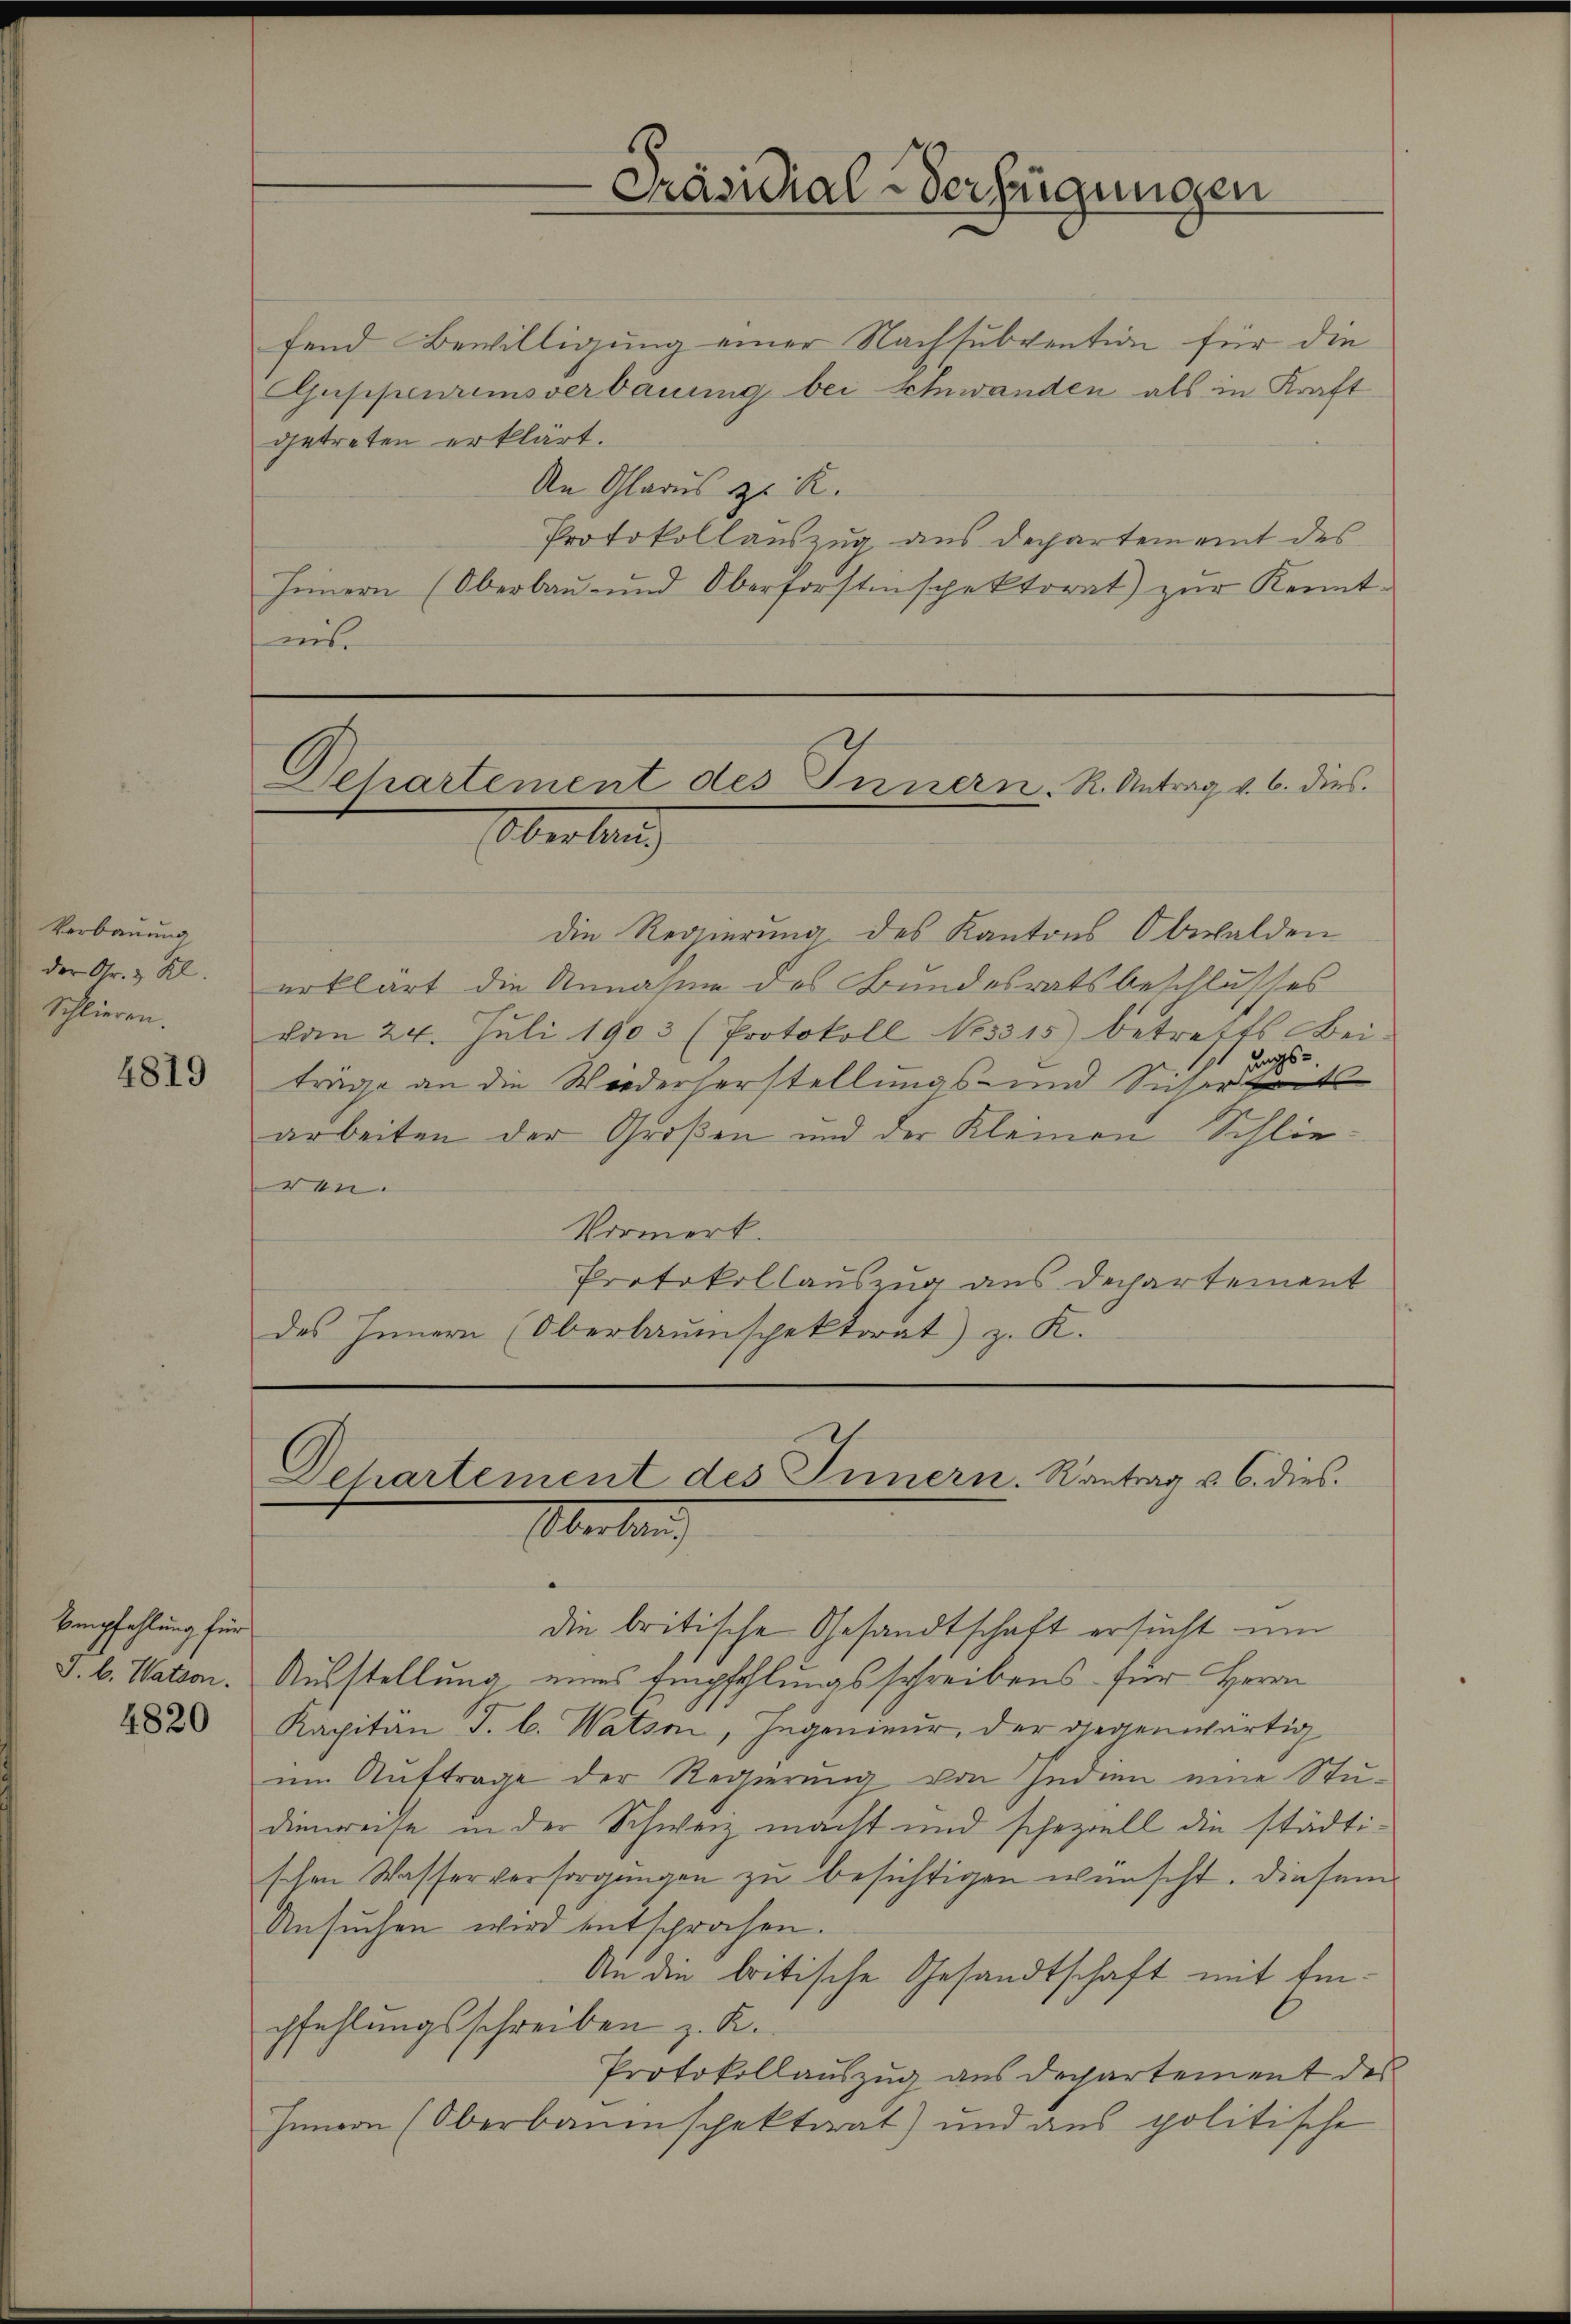
Verbauung
der Gr. 3. Kl
Schlieren.

4819

Empfehlung für
J. b. Nation.

4820

fend Bewilligung einer Nachsubvention für die
Guppenrimsverbauung bei Schwanden als in Kraft
getreten erklärt.
An Glarus zu R.
Protokollauszug aus Departem eint des
Heinern (Oberbaŭŭnd Oberforstinspektorat) zŭr Kennt-
ins.

Dehartement des Innern. K. Antrag v. 6. dies
Oberland)

die Regierung des Kantons Obwalden
erklärt die Annahme des Bundesratsbeschlusses
von 24. Juli 1903 (Protokoll No 3315) betreffs Bei-
ungsträge an die Wiederherstellungs- und Sicherteit
arbeiten der Großen und der Kleinen Schlieren.
Vormerk.
Protokollauszug aus Dechartement
des Innern (Oberbauinspektorat) z. K.

Dehartement des Innern. Kantrag u. 6. dies
Oberlang

die britische Gesandtschaft ersucht um
Ausstellung eines Empfehlungsschreibens für Herrn
Kapitan J. b. Watsn, Ingenieur, der gegenwärtig
um Auftrage der Regierung von Indien eine Studienreise in der Schweiz macht und schezzell die städtischen Wasserversorgungen zu besichtigen wünscht. Diesem
Ansuchen wird entsprochen.
An die britische Gesandtschaft mit Einpfehlungsschreiben z. R.
Protokollauszug aus Dechartement des
Innern (Oberbauenspektorat) und aus politische

Präsidial-Verfügungen